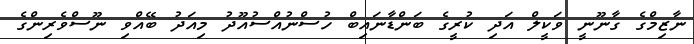
ނާޒިމްގެ ގާނޫނީ ވަކީލް އަދި ކުރީގެ ބަންޑާނައިބް ހުސްނުއްސުއޫދު މިއަދު ބޭއްވި ނޫސްވެރިންގެ